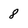
Character: 8